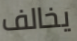
يخالف